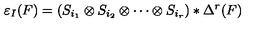
\varepsilon _ { I } ( F ) = ( S _ { i _ { 1 } } \otimes S _ { i _ { 2 } } \otimes \cdots \otimes S _ { i _ { r } } ) * \Delta ^ { r } ( F )